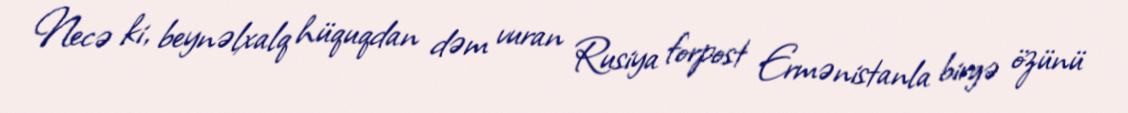
Necə ki, beynəlxalq hüquqdan dəm vuran Rusiya forpost Ermənistanla birgə özünü